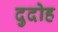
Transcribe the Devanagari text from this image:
दुदोह